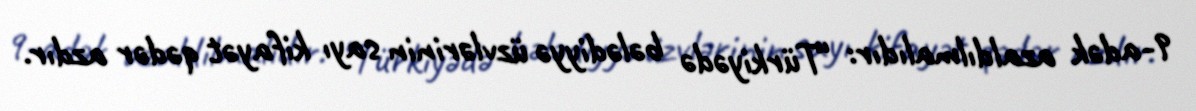
9-adək azaldılmalıdır: “Türkiyədə bələdiyyə üzvlərinin sayı kifayət qədər azdır.